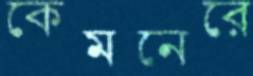
কেমনেরে